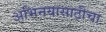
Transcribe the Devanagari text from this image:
अभिनयासाठीचा